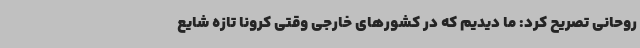
روحانی تصریح کرد: ما دیدیم که در کشورهای خارجی وقتی کرونا تازه شایع